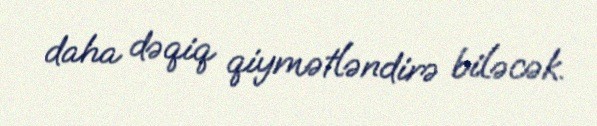
daha dəqiq qiymətləndirə biləcək.